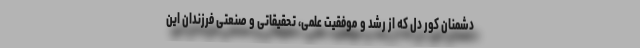
دشمنان کور دل که از رشد و موفقیت علمی، تحقیقاتی و صنعتی فرزندان این